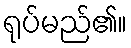
ရုပ်မည်၏။